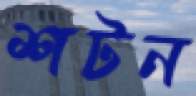
শটন